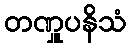
တဏှူပနိသံ